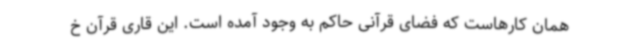
همان کارهاست که فضای قرآنی حاکم به وجود آمده است. این قاری قرآن خ